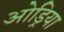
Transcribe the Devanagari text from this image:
ओड्रिया